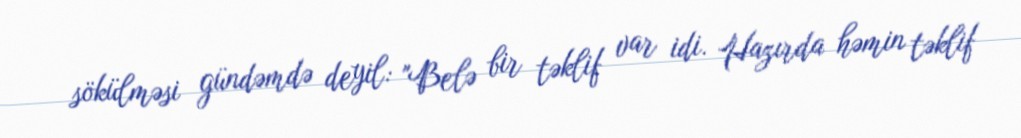
sökülməsi gündəmdə deyil: "Belə bir təklif var idi. Hazırda həmin təklif